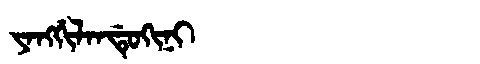
Manchu: ᠶᠠᠩᡤᡳᠯᠠᠨᡩᡠᡴᡳᠨᡳ
Romanization: YANGGILANDUKINI